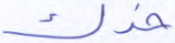
خدك